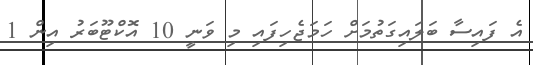
އެ ފައިސާ ބަލައިގަތުމަށް ހަމަޖެހިފައި މި ވަނީ 10 އޮކްޓޫބަރު އިން 1